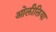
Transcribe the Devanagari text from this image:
ओलीलिया